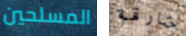
المسلحين خارقة